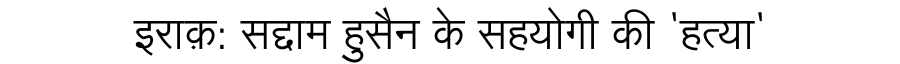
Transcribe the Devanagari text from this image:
इराक़: सद्दाम हुसैन के सहयोगी की 'हत्या'